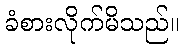
ခံစားလိုက်မိသည်။